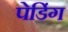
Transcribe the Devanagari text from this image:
पेडिंग